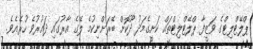
ޕްލޭޓްލިޓްގެ ވަޒީފާ ޕްލޭޓްލިޓްތައް ކަށީގެމަދު ދޫކޮށް ބޭރަށްނިކުމެ ލޭގެ އާރުގައި ދައުރުވެ ހުރެއެވެ.